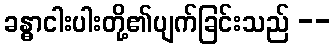
ခန္ဓာငါးပါးတို့၏ပျက်ခြင်းသည် --